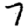
Digit: 7